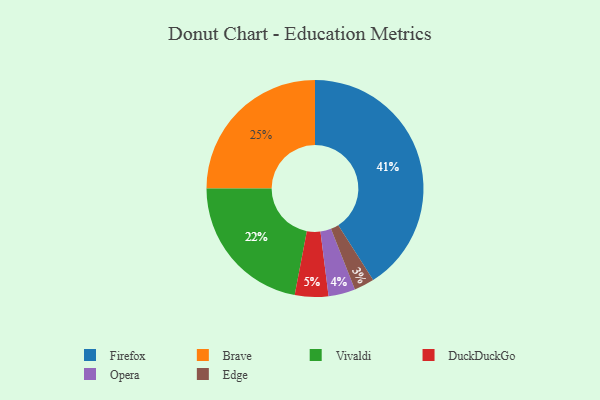
{"axis": {"x": "Category", "y": "Percentage"}, "legend": ["Brave", "DuckDuckGo", "Edge", "Firefox", "Opera", "Vivaldi"], "data": [{"x": "DuckDuckGo", "y": 5, "type": "DuckDuckGo"}, {"x": "Brave", "y": 25, "type": "Brave"}, {"x": "Vivaldi", "y": 22, "type": "Vivaldi"}, {"x": "Opera", "y": 4, "type": "Opera"}, {"x": "Edge", "y": 3, "type": "Edge"}, {"x": "Firefox", "y": 41, "type": "Firefox"}]}